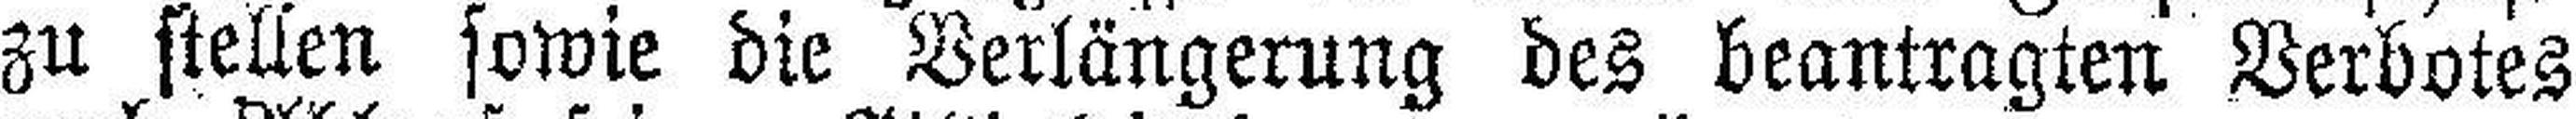
zu stellen sowie die Verlängerung des beantragten Verbotes